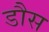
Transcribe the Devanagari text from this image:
डौस